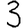
Digit: 3